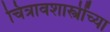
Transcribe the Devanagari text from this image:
चित्रावशास्त्रींच्या